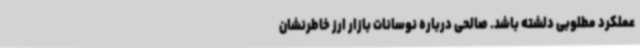
عملکرد مطلوبی دلشته باشد. صالحی درباره نوسانات بازار ارز خاطرنشان